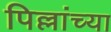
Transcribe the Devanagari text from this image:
पिल्लांच्या